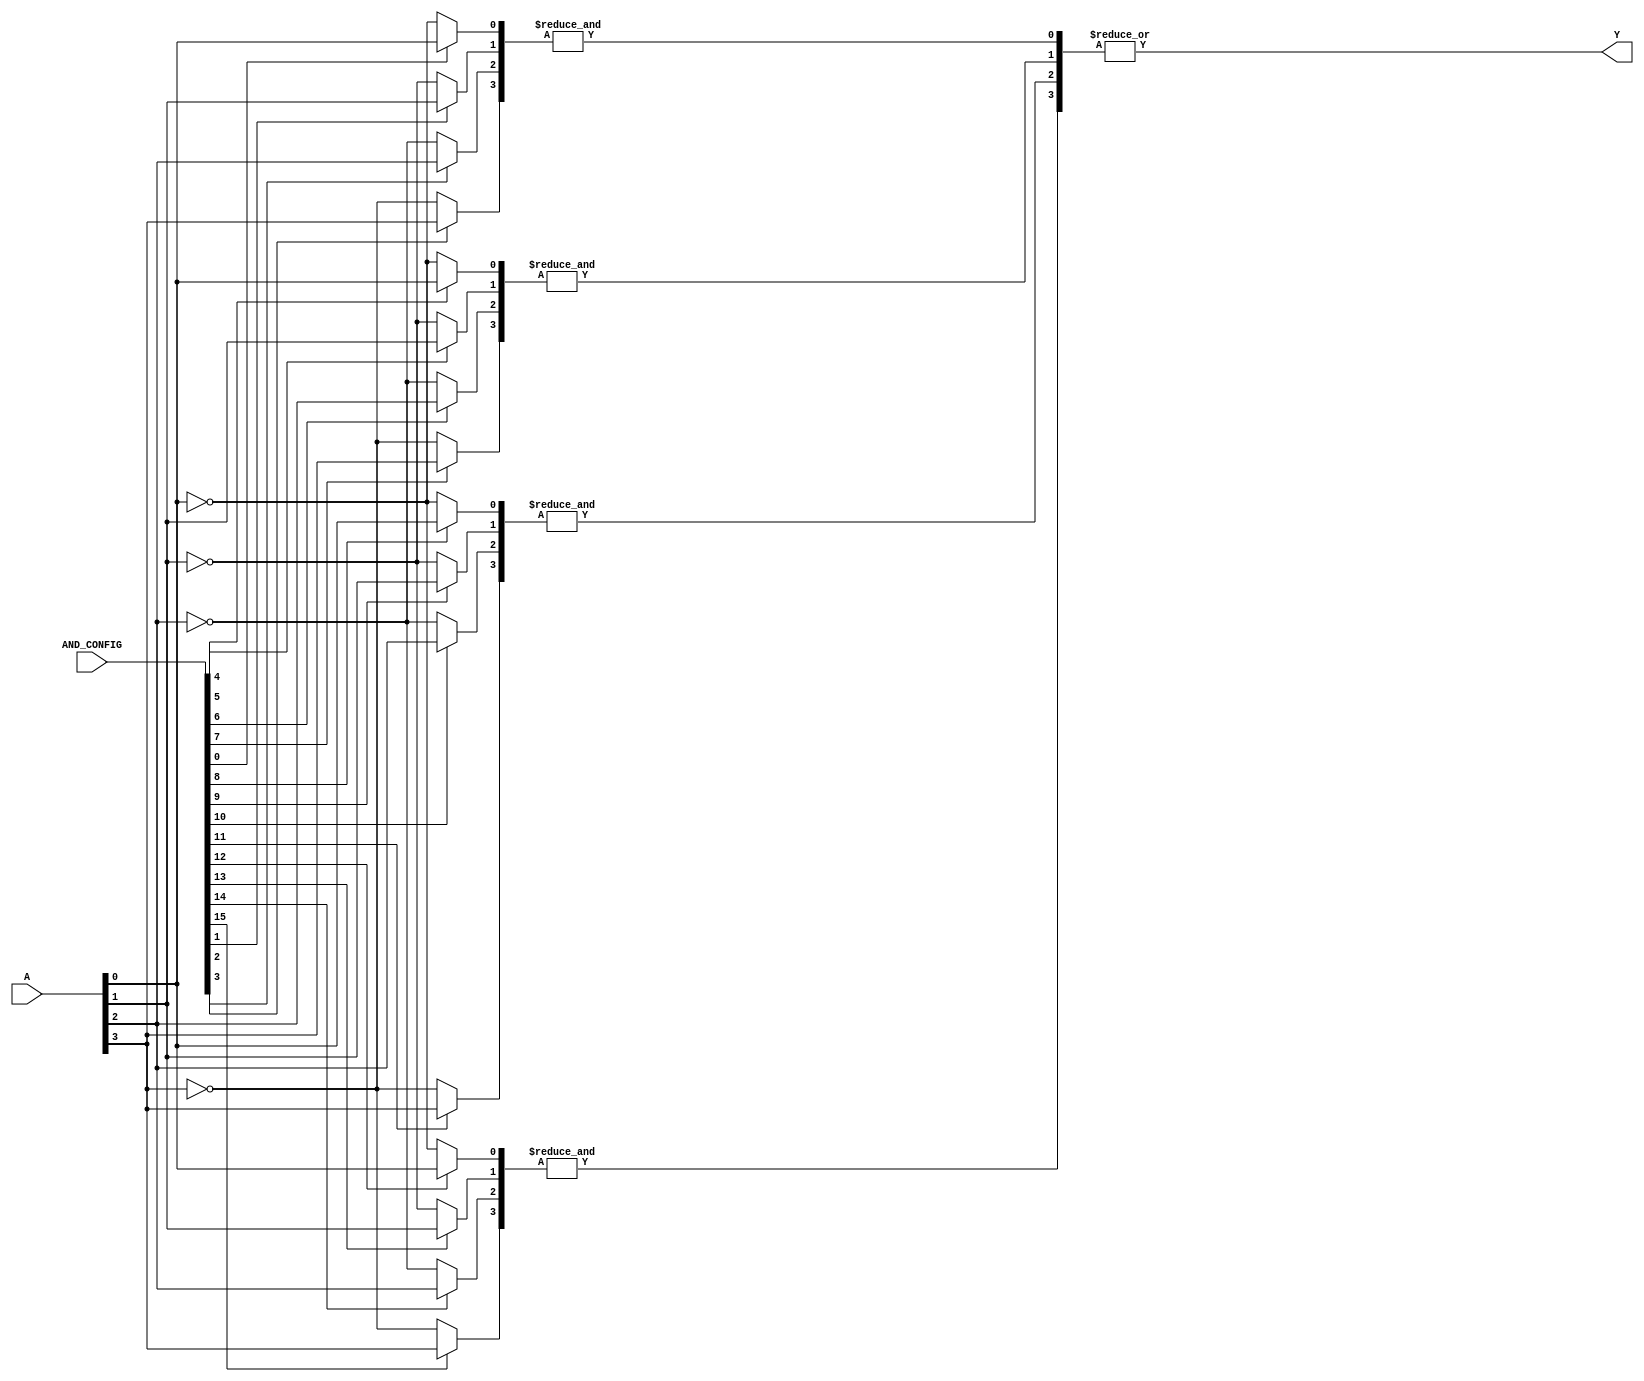
module GPAL #(
    parameter NUM_INPUTS = 4,   // Number of inputs (A1, A2, ..., An)
    parameter NUM_AND_GATES = 4, // Number of AND gates
    parameter NUM_OUTPUTS = 1    // Number of outputs (Y1, Y2, ..., Ym)
)(
    input  wire [NUM_INPUTS-1:0] A, // Input signals
    input  wire [NUM_AND_GATES*NUM_INPUTS-1:0] AND_CONFIG, // Configuration for AND gates
    output wire [NUM_OUTPUTS-1:0] Y  // Output signals
);

    // Internal wire to hold outputs of AND gates
    wire [NUM_AND_GATES-1:0] and_out;

    // Generate the programmable AND gates
    genvar i, j;
    generate
        for (i = 0; i < NUM_AND_GATES; i = i + 1) begin : and_gates
            wire [NUM_INPUTS-1:0] inputs;
            for (j = 0; j < NUM_INPUTS; j = j + 1) begin : input_select
                // Select input or its complement based on configuration
                assign inputs[j] = (AND_CONFIG[i * NUM_INPUTS + j]) ? A[j] : ~A[j];
            end
            // AND gate logic
            assign and_out[i] = &inputs; // AND operation on selected inputs
        end
    endgenerate

    // Fixed OR array to combine outputs of the AND gates
    generate
        if (NUM_OUTPUTS == 1) begin
            assign Y[0] = |and_out; // OR operation for single output
        end
        else begin
            // Extend for multiple outputs if needed
            // Example: Assigning outputs based on different combinations of AND gates
            // This can be customized based on specific requirements
            for (i = 0; i < NUM_OUTPUTS; i = i + 1) begin : or_gates
                assign Y[i] = and_out[i]; // Directly mapping AND outputs to outputs
            end
        end
    endgenerate

endmodule